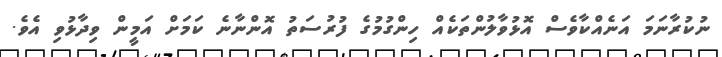
ނުކުރާނަމަ އަނެއްކާވެސް އޮޅުވާލުންތަކެއް ހިންގުމުގެ ފުރުސަތު އޮންނާނެ ކަމަށް އަމީން ވިދާޅުވި އެވެ.